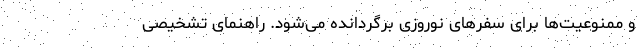
و ممنوعیت‌ها برای سفرهای نوروزی برگردانده می‌شود. راهنمای تشخیصی